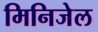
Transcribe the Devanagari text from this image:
मिनिजेल